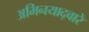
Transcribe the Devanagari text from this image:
अभिनयाद्वारे